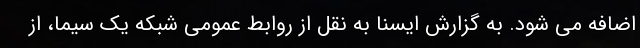
اضافه می شود. به گزارش ایسنا به نقل از روابط عمومی شبکه یک سیما، از